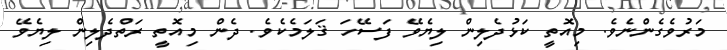
މަރުވެގެންނެވެ. މިއޮތީ ކަޅުދެލިން ލިޔެވޭ ފަސޭހަ ޤަލަމެކެވެ. ދެން މިއޮތީ ރަތްދެލިން ލިޔެވޭ